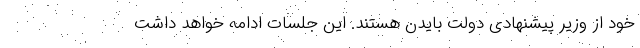
خود از وزیر پیشنهادی دولت بایدن هستند. این جلسات ادامه خواهد داشت